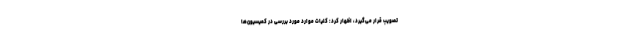
تصویب قرار می‌گیرد، اظهار کرد: کلیات موارد مورد بررسی در کمیسیون‌ها